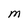
Character: M